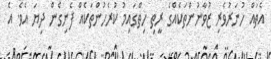
އެތައް ހުނަރުވެރި ޒުވާނުންތަކެއްގެ ރީތި ހިތްގައިމު ކުރެހުންތަކެއް ފެނިގެން ދިޔަ އެވެ. އެ